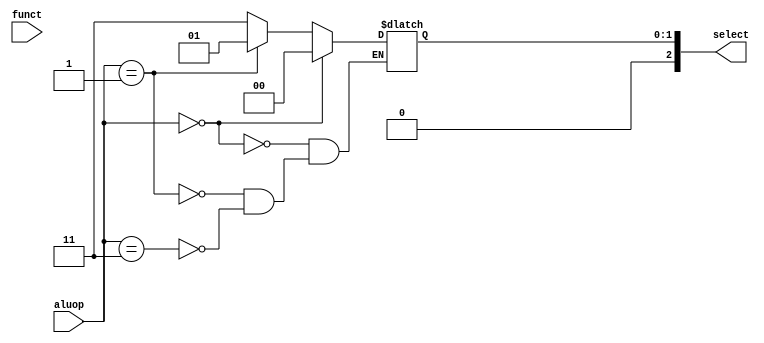
`timescale 1ns / 1ps

module ALU_Control(
    input wire [5:0] funct,
    input wire [1:0] aluop,
    output reg [2:0] select
    );
    
    //2 bit parameter
    //function field parameters for Rtype
    parameter Rtype = 10,
              Radd = 100000,
              Rsub = 100010,
              Rand = 100100,
              Ror  = 100101,
              Rslt = 101010;
    //LW and SW use the same bit pattern and stores them as a parameter
    parameter lwsw = 2'b00,
              Itype = 2'b01,    //beq
              xis = 6'bXXXXXX;
    parameter ALUadd = 3'b010,
              ALUsub = 3'b110,
              ALUand = 3'b000,
              ALUor  = 3'b001,
              ALUslt = 3'b111;
    parameter unknown = 2'b11,
              ALUx = 3'b011;
              
    initial
        select <= 0;
        
    always @* begin
        if(aluop == Rtype) begin
            case(funct)
                Radd: select <= 100000;
                Rsub: select <= 100010;
                Rand: select <= 100100;
                Ror:  select <= 100101;
                Rslt: select <= 101010;
                default: select <= ALUx;
             endcase
         end
         else if (aluop == lwsw) begin
            select <= lwsw;
         end
         else if (aluop == Itype) begin
            select <= Itype;
         end
         else if (aluop == unknown) begin
            select <= ALUx;
         end
         else begin
            select <= select;
         end
     end
    
endmodule